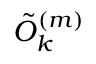
\tilde { O } _ { k } ^ { ( m ) }